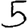
Digit: 5